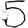
Digit: 5